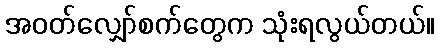
အဝတ်လျှော်စက်တွေက သုံးရလွယ်တယ်။